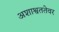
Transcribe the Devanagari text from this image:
अशाश्वततेवर